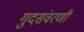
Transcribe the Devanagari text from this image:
गुदसंवरणी